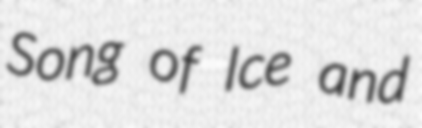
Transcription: Song of Ice and